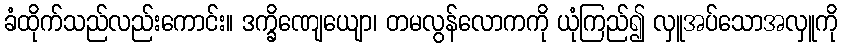
ခံထိုက်သည်လည်းကောင်း။ ဒက္ခိဏျေယျော၊ တမလွန်လောကကို ယုံကြည်၍ လှူအပ်သောအလှူကို